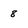
Character: 8